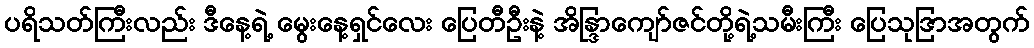
ပရိသတ်ကြီးလည်း ဒီနေ့ရဲ့ မွေးနေ့ရှင်လေး ပြေတီဦးနဲ့ အိန္ဒြာကျော်ဇင်တို့ရဲ့သမီးကြီး ပြေသုဒြာအတွက်